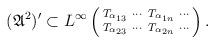
LaTeX: \begin{align*}({\mathfrak A}^2)'\subset L^\infty\left(\begin{smallmatrix}T_{\alpha_{13}}&\cdots&T_{\alpha_{1n}}&\cdots\\T_{\alpha_{23}}&\cdots&T_{\alpha_{2n}}&\cdots\\\end{smallmatrix}\right).\end{align*}